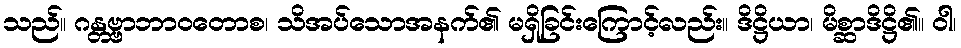
သည်။ ဂန္တဗ္ဗာဘာဝတောစ၊ သိအပ်သောအနက်၏ မရှိခြင်းကြောင့်လည်း။ ဒိဋ္ဌိယာ၊ မိစ္ဆာဒိဋ္ဌိ၏။ ဝါ၊